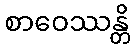
စာဝေဿန္တိ